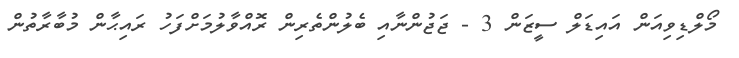
މޯލްޑިވިއަން އައިޑަލް ސީޒަން 3 - ޖަޖުންނާއި ބެލުންތެރިން ރޮއްވާލުމަށްފަހު ރައިޙާން މުބާރާތުން